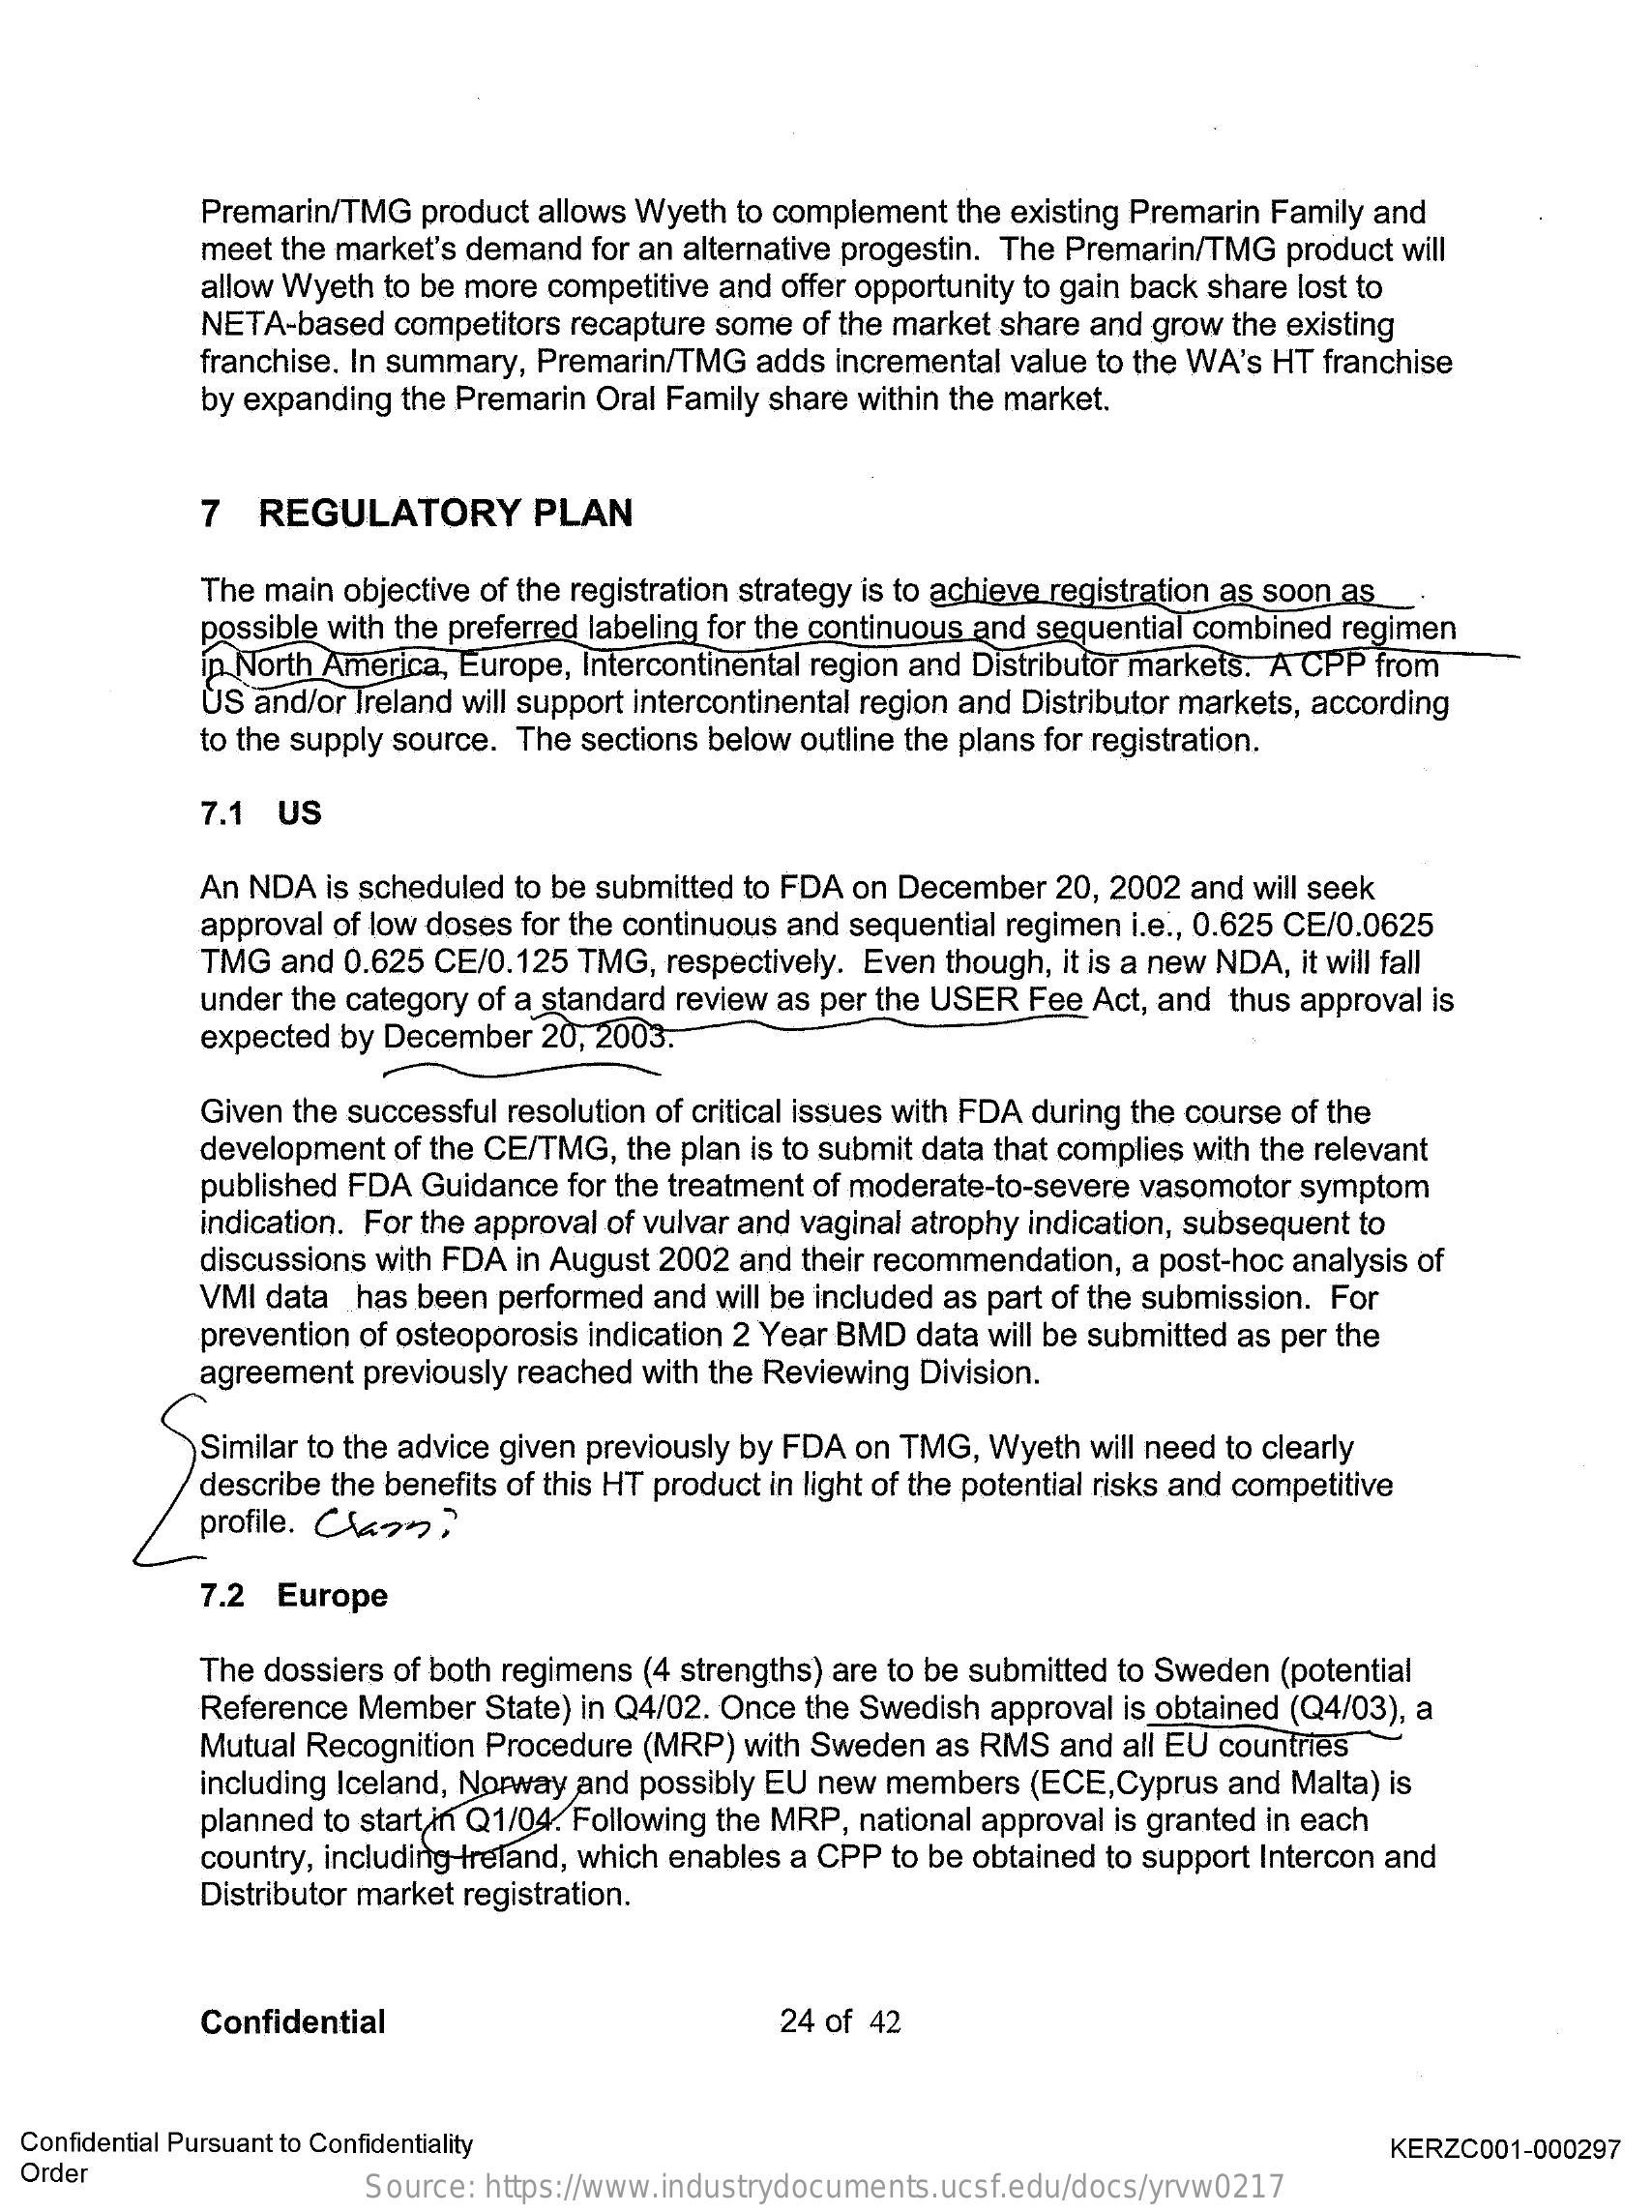
Premarin/TMG product allows Wyeth to complement the existing Premarin Family and
     meet the market's demand for an alternative progestin. The Premarin/TMG product will
     allow Wyeth to be more competitive and offer opportunity to gain back share lost to
     NETA-based  competitors recapture some of the market share and grow the existing
     franchise. In summary, Premarin/TMG adds incremental value to the WA's HT franchise
     by expanding the Premarin Oral Family share within the market.
     7  REGULATORY    PLAN
     The main objective of the registration strategy is to achieve registration as soon as.
     possible with the preferred labeling for the continuous and sequential combined regimen
     in North America, Europe, Intercontinental region and Distributor markets. A CPP from
     US and/or Treland will support intercontinental region and Distributor markets, according
     to the supply source. The sections below outline the plans for registration.
     7.1 US
     An NDA is scheduled to be submitted to FDA on December 20, 2002 and will seek
     approval of low doses for the continuous and sequential regimen i.e ., 0.625 CE/0.0625
     TMG  and 0.625 CE/0.125 TMG, respectively. Even though, it is a new NDA, it will fall
     under the category of a standard review as per the USER Fee Act, and thus approval is
     expected by December 20, 2003.
     Given the successful resolution of critical issues with FDA during the course of the
     development of the CE/TMG, the plan is to submit data that complies with the relevant
     published FDA Guidance for the treatment of moderate-to-severe vasomotor symptom
     indication. For the approval of vulvar and vaginal atrophy indication, subsequent to
     discussions with FDA in August 2002 and their recommendation, a post-hoc analysis of
     VMI data has been performed and will be included as part of the submission. For
     prevention of osteoporosis indication 2 Year BMD data will be submitted as per the
     agreement previously reached with the Reviewing Division.
     Similar to the advice given previously by FDA on TMG, Wyeth will need to clearly
     describe the benefits of this HT product in light of the potential risks and competitive
     profile. Con
     7.2 Europe
     The dossiers of both regimens (4 strengths) are to be submitted to Sweden (potential
     Reference Member  State) in Q4/02. Once the Swedish approval is obtained (Q4/03), a
     Mutual Recognition Procedure (MRP) with Sweden as RMS and all EU countries
     including Iceland, Norway and possibly EU new members (ECE,Cyprus and Malta) is
     planned to start in Q1/04. Following the MRP, national approval is granted in each
     country, including Ireland, which enables a CPP to be obtained to support Intercon and
     Distributor market registration.
     Confidential    24 of 42
  Confidential Pursuant to Confidentiality
  Order
     KERZC001-000297
     Source: https://www.industrydocuments.ucsf.edu/docs/yrvw0217